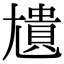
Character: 尵